Indian journal of veterinary science and animal husbandry - Volumes 22-23, 1952-1953
Year: 1952
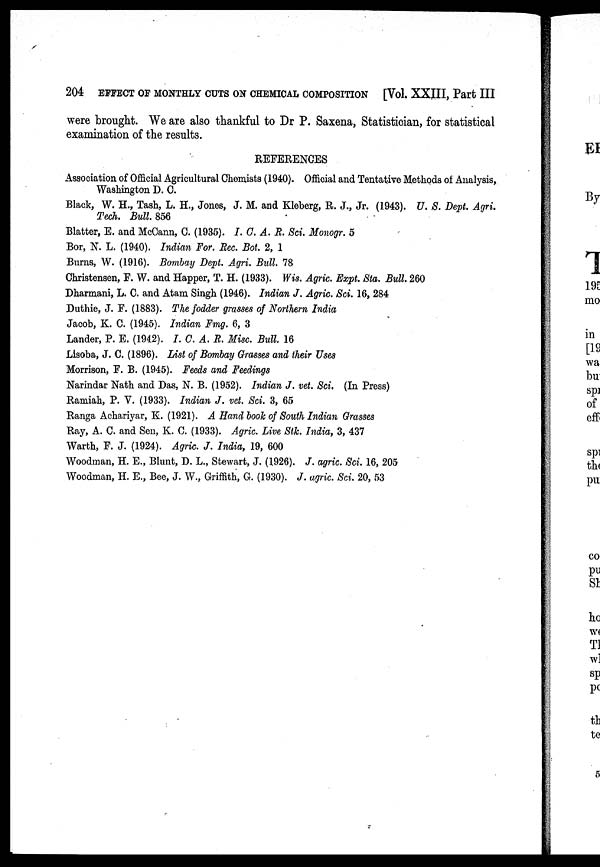
204 EFFECT OF MONTHLY CUTS ON CHEMICAL COMPOSITION [Vol. XXIII, Part III
were brought. We are also thankful to Dr P. Saxena, Statistician, for statistical
examination of the results.
REFERENCES
Association of Official Agricultural Chemists (1940). Official and Tentative Methods of Analysis,
Washington D. C.
Black, W. H., Tash, L. H., Jones, J. M. and Kleberg, R. J., Jr. (1943). U. S. Dept. Agri.
Tech. Bull. 856
Blatter, E. and McCann, C. (1935). I. C. A. R. Sci. Monogr. 5
Bor, N. L. (1940). Indian For. Rec. Bot. 2, 1
Burns, W. (1916). Bombay Dept. Agri. Bull. 78
Christensen, F. W. and Happer, T. H. (1933). Wis. Agric. Expt. Sta. Bull. 260
Dharmani, L. C. and Atam Singh (1946). Indian J. Agric. Sci. 16, 284
Duthie, J. F. (1883). The fodder grasses of Northern India
Jacob, K. C. (1945). Indian Fmg. 6, 3
Lander, P. E. (1942). I. C. A. R. Misc. Bull. 16
Lisoba, J. C. (1896). List of Bombay Grasses and their Uses
Morrison, F. B. (1945). Feeds and Feedings
Narindar Nath and Das, N. B. (1952). Indian J. vet. Sci. (In Press)
Ramiah, P. V. (1933). Indian J. vet. Sci. 3, 65
Ranga Achariyar, K. (1921). A Hand book of South Indian Grasses
Ray, A. C. and Sen, K. C. (1933). Agric. Live Stk. India, 3, 437
Warth, F. J. (1924). Agric. J. India, 19, 600
Woodman, H. E., Blunt, D. L., Stewart, J. (1926). J. agric. Sci. 16, 205
Woodman, H. E., Bee, J. W., Griffith, G. (1930). J. agric. Sci. 20, 53